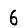
Digit: 6